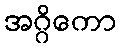
အဂ္ဂိကော